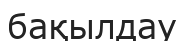
бақылдау